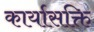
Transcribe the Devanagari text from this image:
कार्यासक्ति